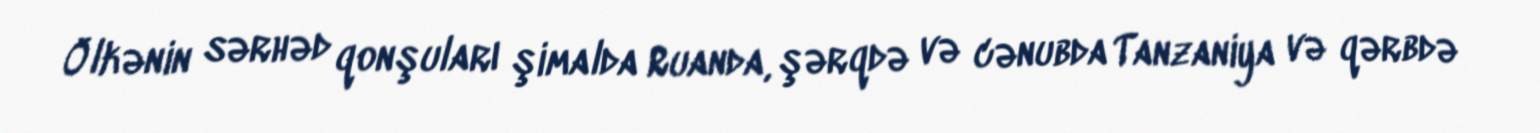
Ölkənin sərhəd qonşuları şimalda Ruanda, şərqdə və cənubda Tanzaniya və qərbdə